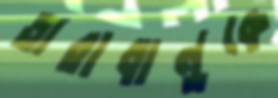
তারাবানুকে